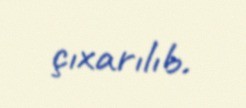
çıxarılıb.